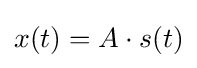
x(t)=A\cdot s(t)